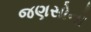
જણસોનો